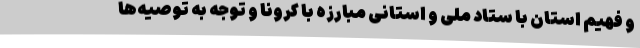
و فهیم استان با ستاد ملی و استانی مبارزه با کرونا و توجه به توصیه‌ها